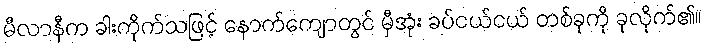
မီလာနီက ခါးကိုက်သဖြင့် နောက်ကျောတွင် မှီအုံး ခပ်ငယ်ငယ် တစ်ခုကို ခုလိုက်၏။